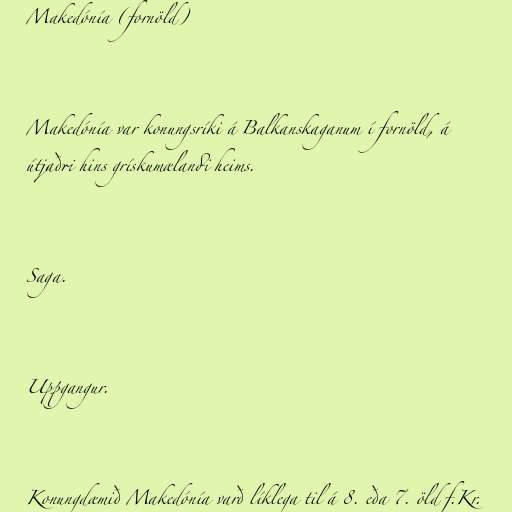
Makedónía (fornöld)

Makedónía var konungsríki á Balkanskaganum í fornöld, á
útjaðri hins grískumælandi heims.

Saga.

Uppgangur.

Konungdæmið Makedónía varð líklega til á 8. eða 7. öld f.Kr.